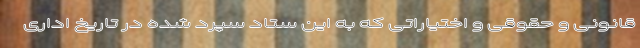
قانونی و حقوقی و اختیاراتی که به این ستاد سپرد شده در تاریخ اداری